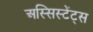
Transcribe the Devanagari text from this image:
अस्सिस्टेंट्स